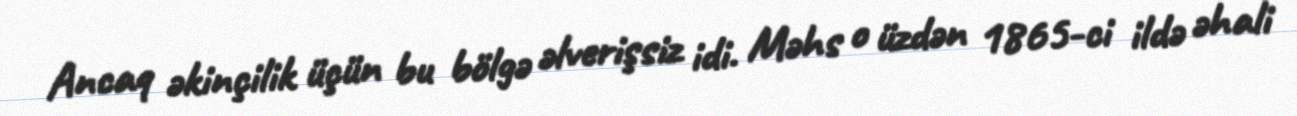
Ancaq əkinçilik üçün bu bölgə əlverişsiz idi. Məhs o üzdən 1865-ci ildə əhali